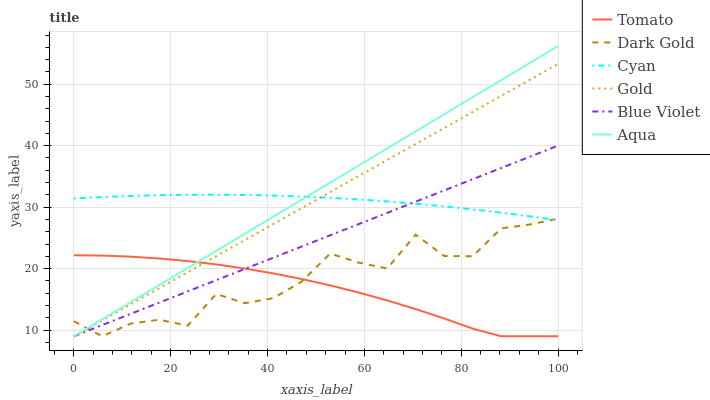
| xaxis_label | Tomato | Dark Gold | Cyan | Gold | Blue Violet | Aqua |
 | --- | --- | --- | --- | --- | --- | --- |
 | 0 | 22.2 | 11.5 | 31.4 | 9 | 9 | 9 |
 | 5.88 | 22.1 | 9 | 31.6 | 11.6 | 10.8 | 11.8 |
 | 11.8 | 21.9 | 11.1 | 31.8 | 14.2 | 12.6 | 14.6 |
 | 17.6 | 21.6 | 11.7 | 31.9 | 16.8 | 14.5 | 17.3 |
 | 23.5 | 21.2 | 10.7 | 32 | 19.4 | 16.3 | 20.1 |
 | 29.4 | 20.7 | 15.9 | 32 | 22 | 18.1 | 22.9 |
 | 35.3 | 20 | 14.4 | 32 | 24.6 | 19.9 | 25.7 |
 | 41.2 | 19.2 | 15.2 | 31.9 | 27.2 | 21.8 | 28.4 |
 | 47.1 | 18.3 | 17.9 | 31.7 | 29.8 | 23.6 | 31.2 |
 | 52.9 | 17.3 | 22.5 | 31.5 | 32.5 | 25.4 | 34 |
 | 58.8 | 16.1 | 21 | 31.3 | 35.1 | 27.2 | 36.8 |
 | 64.7 | 14.8 | 20 | 30.9 | 37.7 | 29.1 | 39.6 |
 | 70.6 | 13.4 | 25.5 | 30.6 | 40.3 | 30.9 | 42.3 |
 | 76.5 | 11.9 | 22 | 30.1 | 42.9 | 32.7 | 45.1 |
 | 82.4 | 10.2 | 22 | 29.6 | 45.5 | 34.5 | 47.9 |
 | 88.2 | 9 | 26.5 | 29.1 | 48.1 | 36.4 | 50.7 |
 | 94.1 | 9 | 27.2 | 28.5 | 50.7 | 38.2 | 53.4 |
 | 100 | 9 | 28.1 | 27.9 | 53.3 | 40 | 56.2 |